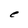
Character: e